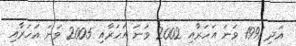
އަދި 1991 ވަނަ އަހަރާއި 2002 ވަނަ އަހަރާއި 2005 ވަނަ އަހަރާއި